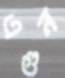
এগুন